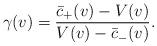
LaTeX: \begin{align*} \gamma(v)=\frac{\bar{c}_+(v)-V(v)}{V(v)-\bar{c}_-(v)}.\end{align*}